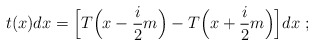
\begin{align*}t(x)dx=\Big[T\Big(x-\frac{i}{2}m\Big)- T\Big(x+\frac{i}{2}m\Big)\Big]dx\ ;\end{align*}